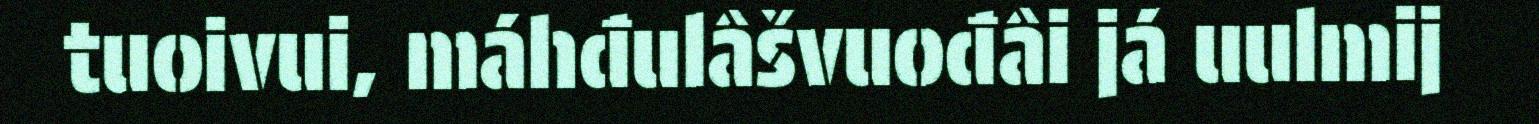
tuoivui, máhđulâšvuođâi já uulmij